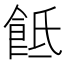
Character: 䬫